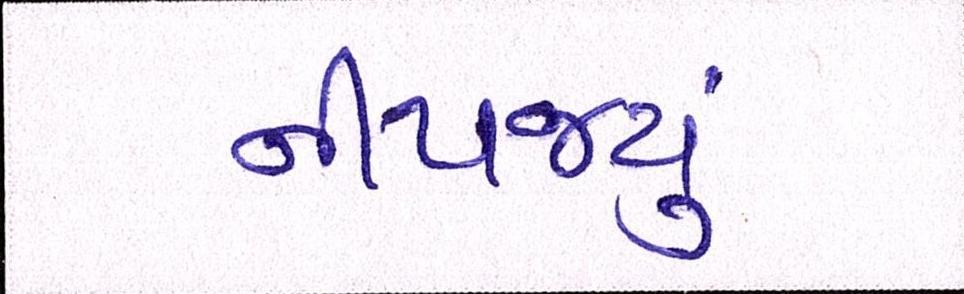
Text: નીપજ્યું